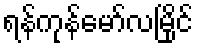
ရန်ကုန်မော်လမြိုင်